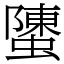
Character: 螴